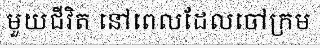
មួយជីវិត នៅពេលដែលចៅក្រម